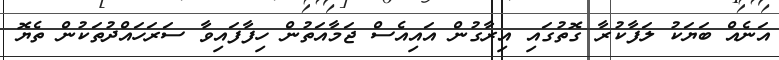
އަނެއް ބަޔަކު ލަފާކުރާ ގޮތުގައި އިރާގުން އައިއެސް ޖަމާއަތުން ހިފާފައިވާ ސަރަހައްދުތަކުން ތެޔޮ